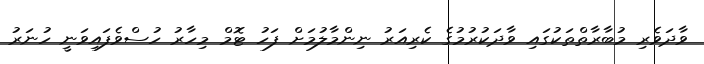
ވާދަވެރި މުބާރާތްތަކުގައި ވާދަކުރުމުގެ ކެރިއަރު ނިންމާލުމަށް ފަހު ޓޮމް މިހާރު ހުސްވެފައިވަނީ ހުނަރު